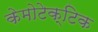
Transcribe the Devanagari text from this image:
केमोटेक्टिक